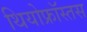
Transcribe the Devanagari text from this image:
थियोफ्रॉस्तस